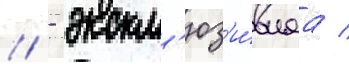
// - экскл'юз'и́внаа /